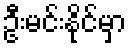
ဦးမင်းနိုင်မှာ